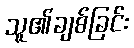
သူ၏ချစ်ခြင်း